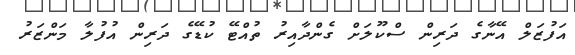
އަފުޒަލް އޭނާގެ ދަރިން ސްކޫލަށް ގެންދާއިރު ތުއްޓޭ ކުޑޭގެ ދަރިން އުފުލާ މަންޒަރު